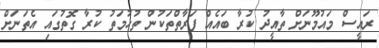
ރައީސް މައުމޫނަށް ތާއީދު ކުރާ ބައެއް ފަރާތްތަކުން ތުހުމަތު ކުރާ ގޮތުގައި އެތަނަށް